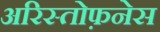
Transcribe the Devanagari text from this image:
अरिस्तोफ़नेस